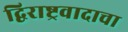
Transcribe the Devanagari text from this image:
द्विराष्ट्रवादाचा